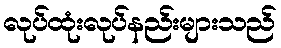
လုပ်ထုံးလုပ်နည်းများသည်